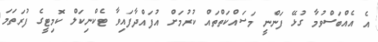
އެ އެއްބަސްވުމާ ގުޅޭ ފަންނީ މަސައްކަތްތައް ކުރުމަށް އުފައްދާފައިވާ ޓެކްނިކަލް ކޮމިޓީގެ ފުރަތަމަ